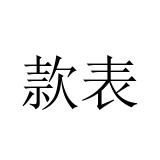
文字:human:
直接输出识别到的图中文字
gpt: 款表